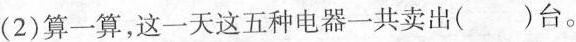
(2)算一算，这一天这五种电器一共卖出()台。